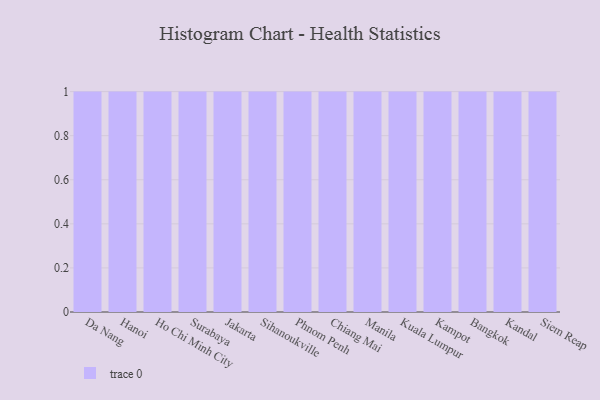
{"axis": {"x": "City", "y": "Population (Million)"}, "legend": [""], "data": [{"x": "Da Nang", "y": 35, "type": ""}, {"x": "Hanoi", "y": 82, "type": ""}, {"x": "Ho Chi Minh City", "y": 81, "type": ""}, {"x": "Surabaya", "y": 31, "type": ""}, {"x": "Jakarta", "y": 83, "type": ""}, {"x": "Sihanoukville", "y": 51, "type": ""}, {"x": "Phnom Penh", "y": 65, "type": ""}, {"x": "Chiang Mai", "y": 28, "type": ""}, {"x": "Manila", "y": 56, "type": ""}, {"x": "Kuala Lumpur", "y": 66, "type": ""}, {"x": "Kampot", "y": 21, "type": ""}, {"x": "Bangkok", "y": 58, "type": ""}, {"x": "Kandal", "y": 39, "type": ""}, {"x": "Siem Reap", "y": 15, "type": ""}]}